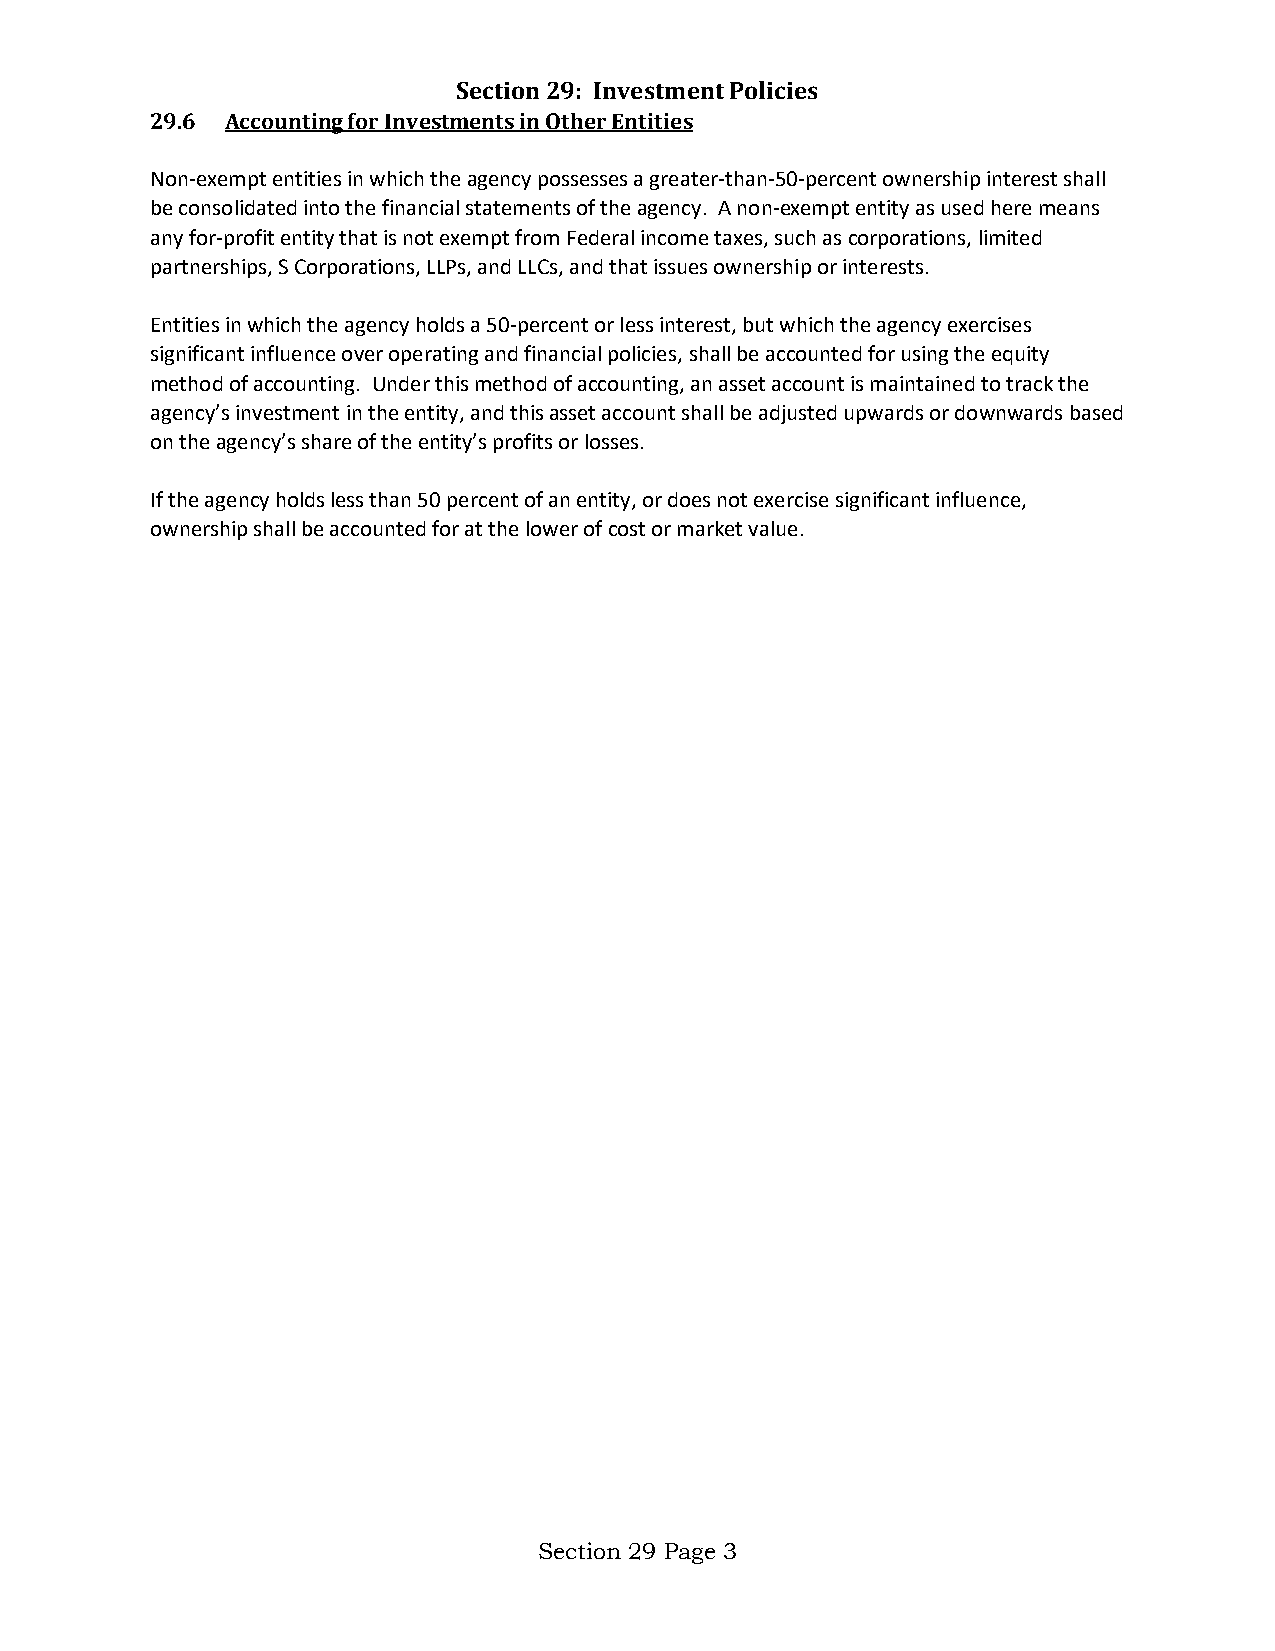
Section 29: Investment Policies
 29.6 Accounting for Investments in Other Entities
 Non-exempt entities in which the agency possesses a greater-than-50-percent ownership interest shall
 be consolidated into the financial statements of the agency. A non-exempt entity as used here means
 any for-profit entity that is not exempt from Federal income taxes, such as corporations, limited
 partnerships, S Corporations, LLPs, and LLCs, and that issues ownership or interests.
 Entities in which the agency holds a 50-percent or less interest, but which the agency exercises
 significant influence over operating and financial policies, shall be accounted for using the equity
 method of accounting. Under this method of accounting, an asset account is maintained to track the
 agency’s investment in the entity, and this asset account shall be adjusted upwards or downwards based
 on the agency’s share of the entity’s profits or losses.
 If the agency holds less than 50 percent of an entity, or does not exercise significant influence,
 ownership shall be accounted for at the lower of cost or market value.
 Section 29 Page 3